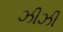
ઝીઝી